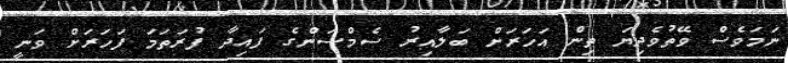
ނަމަވެސް ވޭތުވެދިޔަ ތިން އަހަރަށް ބަލާއިރު ސެމްސަންގެ ފައިދާ ފުރަތަމަ ފަހަރަށް ވަނީ